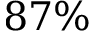
8 7 \%